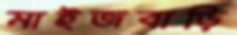
মাইজবাড়ি